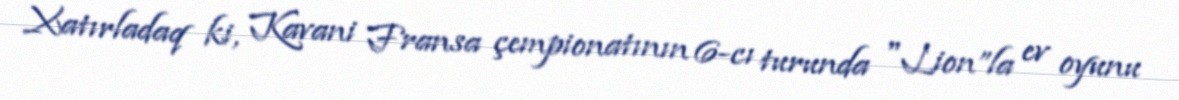
Xatırladaq ki, Kavani Fransa çempionatının 6-cı turunda "Lion”la ev oyunu